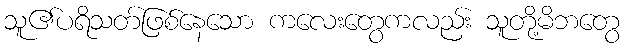
သူ၏ပရိသတ်ဖြစ်နေသော ကလေးတွေကလည်း သူတို့မိဘတွေ